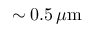
\sim 0 . 5 \, \mu \mathrm { m }